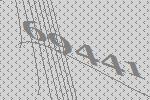
69441